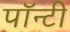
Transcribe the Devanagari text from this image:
पॉन्टी